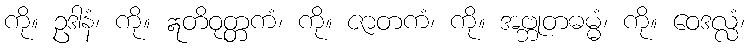
ကို။ ဥဒါနံ၊ ကို။ ဣတိဝုတ္တကံ၊ ကို။ ဇာတကံ၊ ကို။ အဗ္ဘုတဓမ္မံ၊ ကို။ ဝေဒလ္လံ၊